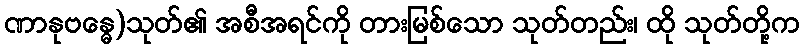
ဏာနုဗန္ဓေ)သုတ်၏ အစီအရင်ကို တားမြစ်သော သုတ်တည်း၊ ထို သုတ်တို့က